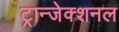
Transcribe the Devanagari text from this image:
ट्रान्जेक्शनल